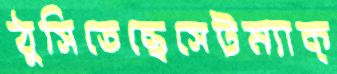
ঠুসিতেছেসেটম্যাক্